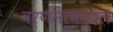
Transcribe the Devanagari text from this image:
वर्णनाबद्दल